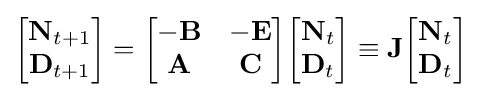
{\begin{bmatrix}\mathbf {N} _{t+1}\\\mathbf {D} _{t+1}\end{bmatrix}}={\begin{bmatrix}-\mathbf {B} &-\mathbf {E} \\\mathbf {A} &\mathbf {C} \end{bmatrix}}{\begin{bmatrix}\mathbf {N} _{t}\\\mathbf {D} _{t}\end{bmatrix}}\equiv \mathbf {J} {\begin{bmatrix}\mathbf {N} _{t}\\\mathbf {D} _{t}\end{bmatrix}}